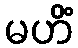
မဟိံ